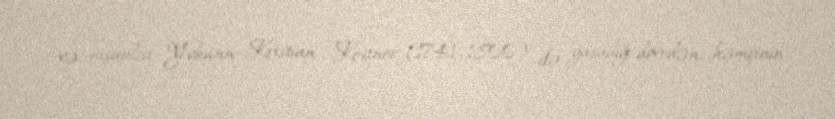
və nişanlısı Yohann Kristian Kestner (1741–1800) ilə yaşadığı dövrdən, həmçinin